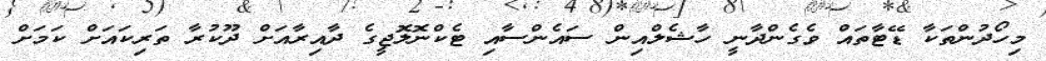
މިހޯދުންތަކާ ޑޭޓާތައް ވެގެންދާނީ ހާޝެލްއިން ސައެންސާއި ޓެކްނޮލޮޖީގެ ދާއިރާއަށް ދޫކުރާ ތަރިކައަށް ކަމަށް